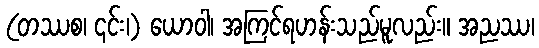
(တဿစ၊ ၎င်း၊) ယောဝါ၊ အကြင်ရဟန်းသည်မူလည်း။ အညဿ၊